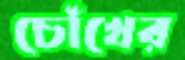
চোঁখের